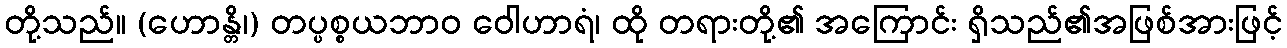
တို့သည်။ (ဟောန္တိ၊) တပ္ပစ္စယဘာဝ ဝေါဟာရံ၊ ထို တရားတို့၏ အကြောင်း ရှိသည်၏အဖြစ်အားဖြင့်